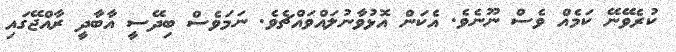
ކުރެވޭނޭ ކަމެއް ވެސް ނޫނެވެ. އެކަން އޮޅުވާނުލައްވައްޗެވެ. ނަމަވެސް ބިދޭސީ އާބާދީ ރާއްޖޭގައި